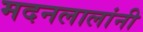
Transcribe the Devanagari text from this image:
मदनलालांनी